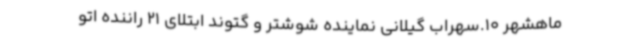
ماهشهر 10.سهراب گیلانی نماینده شوشتر و گتوند ابتلای 21 راننده اتو